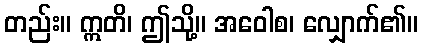
တည်း။ ဣတိ၊ ဤသို့။ အဝေါစ၊ လျှောက်၏။